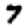
Digit: 7